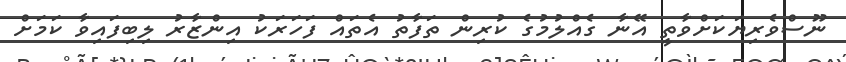
ނޫސްވެރިޔަކަށްވާތީ އޭނާ ގެއްލުމުގެ ކުރިން ތަފާތު އެތައް ފަހަރަކު އިންޒާރު ލިބިފައިވާ ކަމަށް